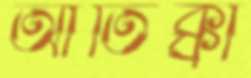
আতিক্কা